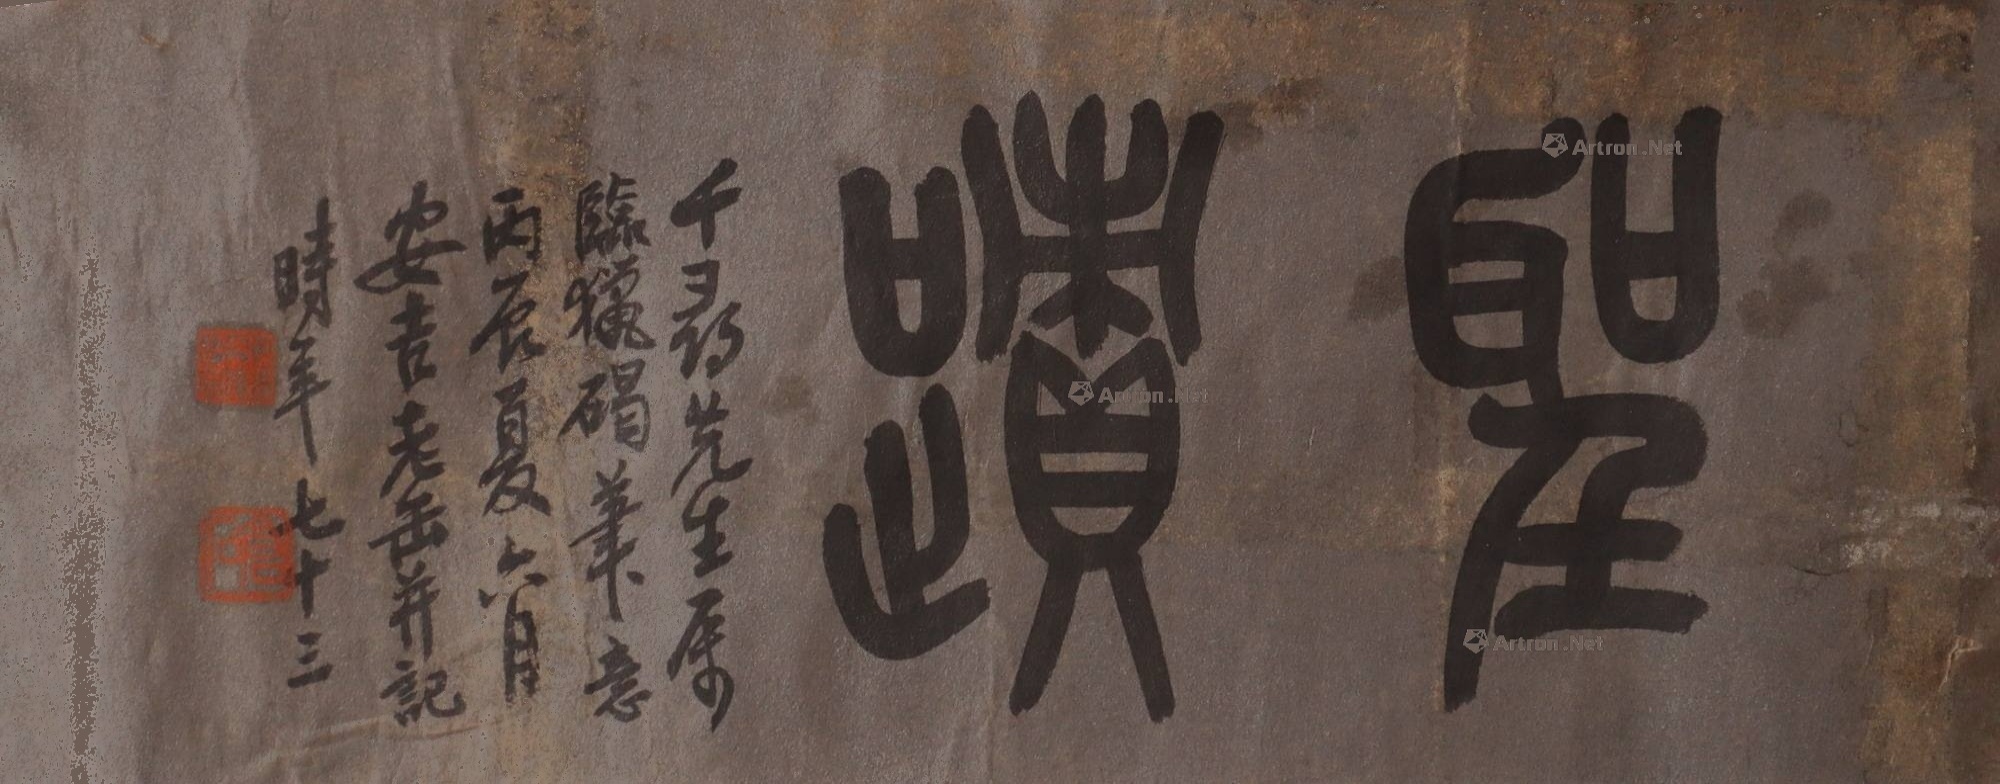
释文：千寻先生属临猎碣笔意丙辰夏六月安吉老缶并记时年七十三安吉吴俊昌石仓石